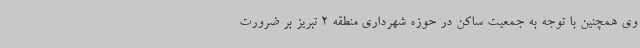
وی همچنین با توجه به جمعیت ساکن در حوزه شهرداری منطقه 2 تبریز بر ضرورت